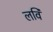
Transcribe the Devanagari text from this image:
लविं